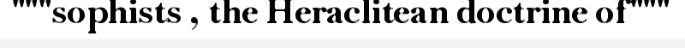
"""sophists , the Heraclitean doctrine of"""